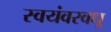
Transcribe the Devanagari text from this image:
स्वयंवरवधू